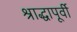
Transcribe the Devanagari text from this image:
श्राद्धापूर्वी